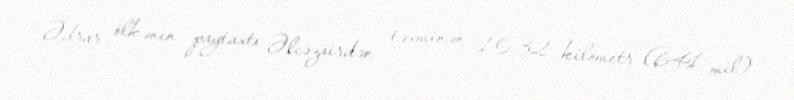
Ədrar ölkənin paytaxtı Əlcəzairdən təxminən 1,032 kilometr (641 mil)